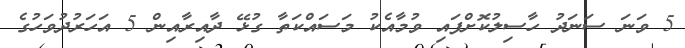
5 ވަނަ ސަނަދު ހާސިލުކޮށްފައި ވުމާއެކު މަސައްކަތާ ގުޅޭ ދާއިރާއިން 5 އަހަރުދުވަހުގެ